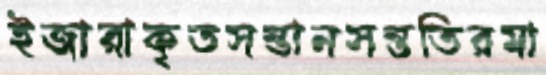
ইজারাকৃতসন্তানসন্ততিরমা